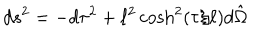
d s ^ { 2 } = - d \tau ^ { 2 } + \ell ^ { 2 } \cosh ^ { 2 } \left( \tau / \ell \right) d \hat { \Omega }